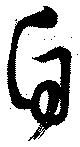
自